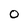
Character: O